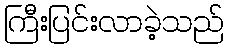
ကြီးပြင်းလာခဲ့သည်